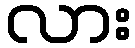
လား